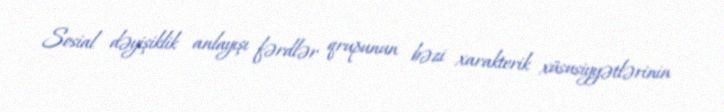
Sosial dəyişiklik anlayışı fərdlər qrupunun bəzi xarakterik xüsusiyyətlərinin